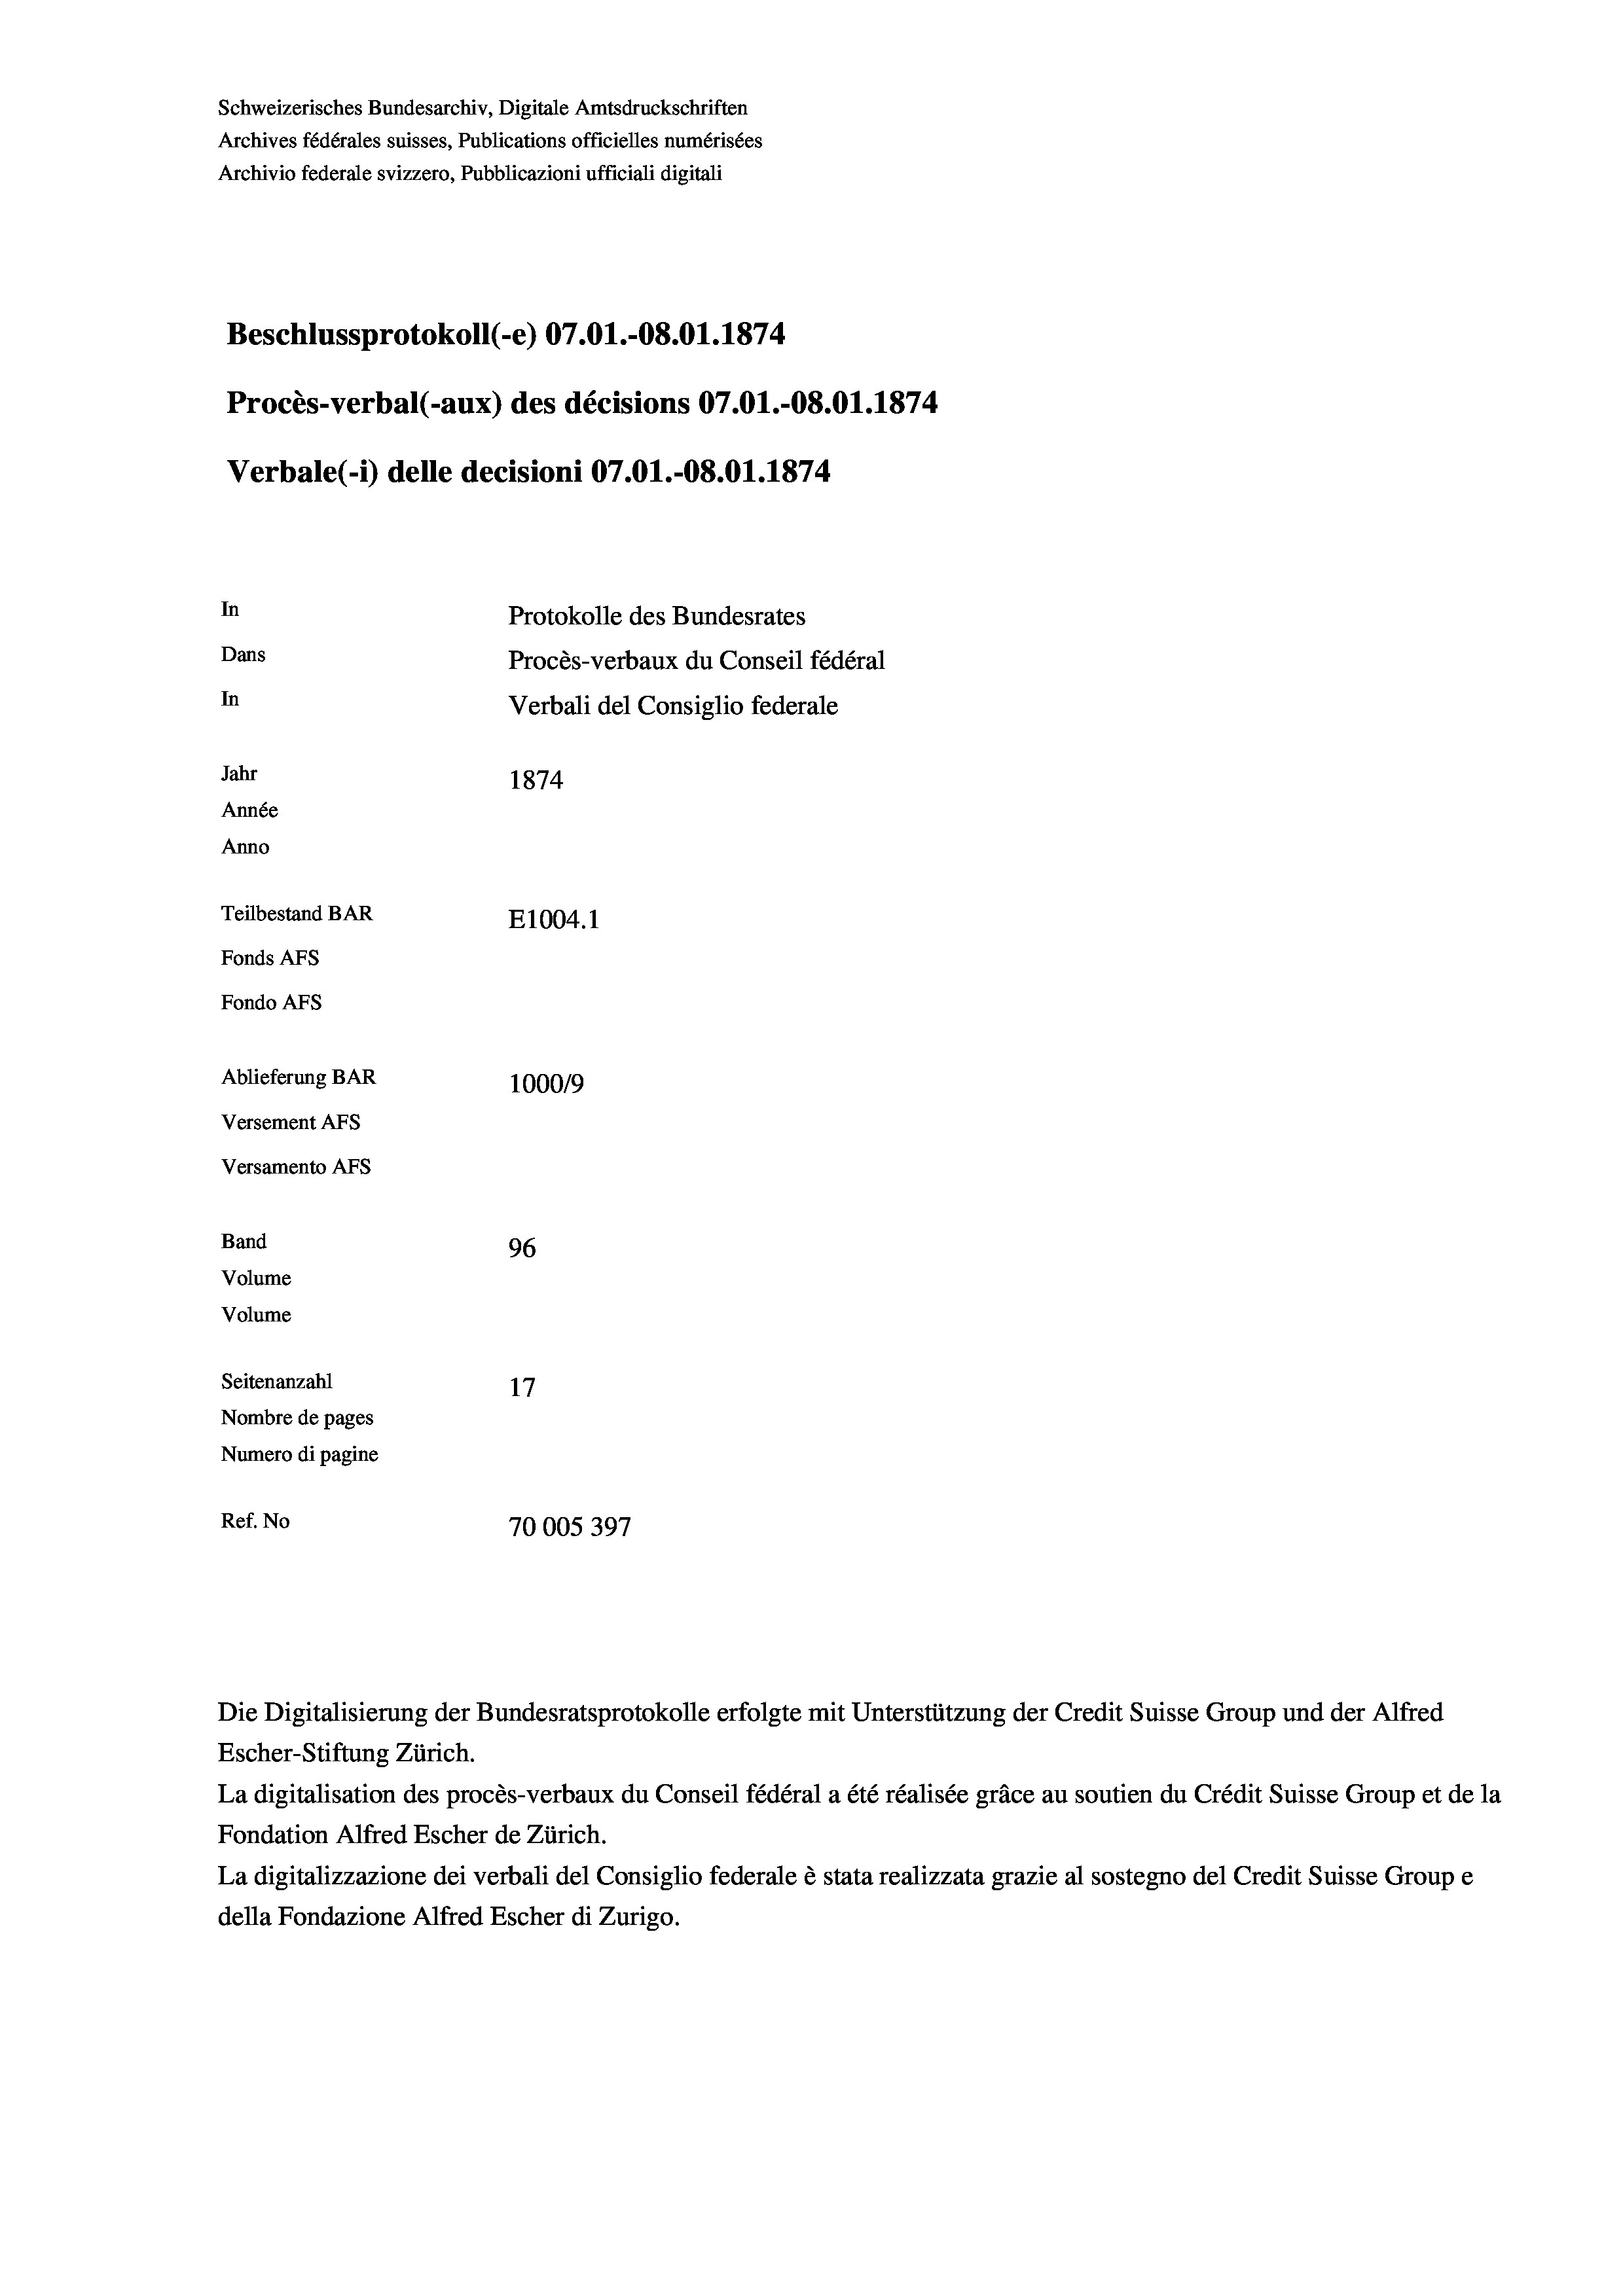
Schweizerisches Bundesarchiv, Digitale Amtsdruckschriften
Archives fédérales suisses, Publications officielles numérisées
Archivio federale svizzero, Pubblicazioni ufficiali digitali
Beschlussprotokoll (-e) 07.01.-08.01. 1874
Procès-verbal (-aux) des décisions 07.01.-O8.01. 1874
Verbale(-*) delle decisioni 07.01.-O8.01. 1874
In
Protokolle des Bundesrates
Dans
Procès-verbaux du Conseil fédéral
In
Verbali del Consiglio federale
Jahr
1874
Année
Anno
Teilbestand BAR
E1004. 1
Fonds AFs
Fondo Afs
Ablieferung BAR
100019
Versement AFs
Versamento AFs
Band
96
Volume
Volume
Seitenanzahl
Nombre de pages
Numero di pagine
Ref. No
70005397

Escher-Stiftung Zürich.
La digitalisation des procès-verbaux du Conseil fédéral a été réalisée gräce au soutien du Crédit Suisse Group et de la
Fondation Alfred Escher de Zürich.
La digitalizzazione dei verbali del Consiglio federale è stata realizzata grazie al sostegno del Credit Suisse Groupe
della Fondazione Alfred Escher di Zurigo.

Die Digitalisierung der Bundesratsprotokolle erfolgte mit Unterstützung der Credit Suisse Group und der Alfred